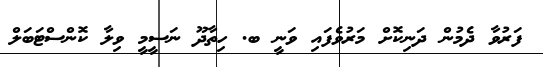
ފަރުވާ ދެމުން ދަނިކޮށް މަރުވެފައި ވަނީ ބ. ހިތާދޫ ނަސީމީ ވިލާ ކޮންސްޓަބަލް